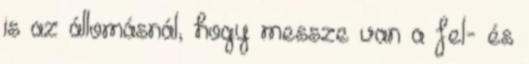
is az állomásnál, hogy messze van a fel- és